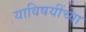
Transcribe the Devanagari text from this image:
याविषयींच्या